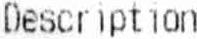
DESCRIPTION